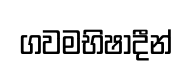
ගවමභිෂාදීන්